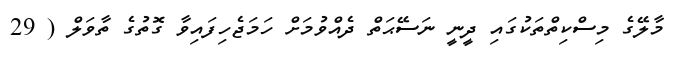
މާލޭގެ މިސްކިތްތަކުގައި ދީނީ ނަސޭޙަތް ދެއްވުމަށް ހަމަޖެހިފައިވާ ގޮތުގެ ތާވަލް ( 29